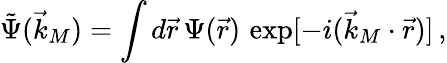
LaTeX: \tilde{\Psi}(\vec{k}_{M})=\int d\vec{r}\, \Psi(\vec{r})\, \exp[-i(\vec{k}_{M}\cdot\vec{r})]\, ,